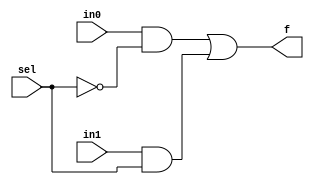
/***************************************************
* Class: EE 271
* Module: mux
* Description: A simple 2 to 1 multiplexor circuit
****************************************************/

module mux(f, in0, in1, sel);
    output f;
    input in0, in1, sel;
    assign f = (in0 & ~sel) | (in1 & sel);
endmodule